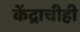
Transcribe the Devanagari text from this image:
केंद्राचीही